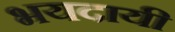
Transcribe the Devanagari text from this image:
भयदायी